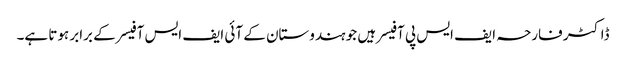
ڈاکٹر فارحہ ایف ایس پی آفیسر ہیں جو ہندوستان کے آئی ایف ایس آفیسر کے برابر ہوتا ہے۔